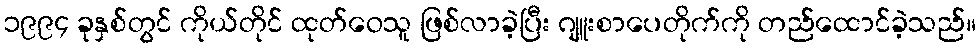
၁၉၉၄ ခုနှစ်တွင် ကိုယ်တိုင် ထုတ်ဝေသူ ဖြစ်လာခဲ့ပြီး ဂျူးစာပေတိုက်ကို တည်ထောင်ခဲ့သည်။